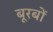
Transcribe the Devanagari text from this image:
बूरबों